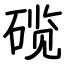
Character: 𬒗